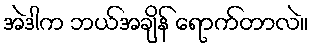
အဲဒါက ဘယ်အချိန် ရောက်တာလဲ။